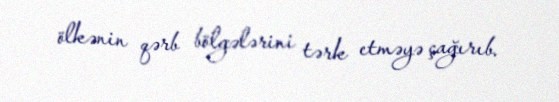
ölkənin qərb bölgələrini tərk etməyə çağırıb.